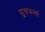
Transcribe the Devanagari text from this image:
सूक्तकर्त्या